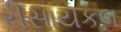
રીસાયકલ